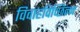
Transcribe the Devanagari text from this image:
विवाहविच्छिन्न